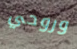
وروحي